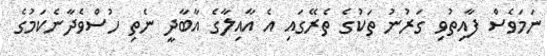
ނަމަވެސް ފާއިތުވި ގަރުނު ތަކުގެ ތެރޭގައި އެ އާއިލާގެ އާބާދީ ނެތި ހުސްވެދާނެކަމުގެ